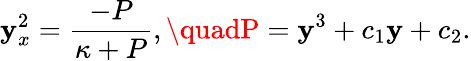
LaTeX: \mathbf{y}_{x}^{2}=\frac{{-P}}{{\kappa+P}},\quadP=\mathbf{y}^{3}+c_{1}\mathbf{y}+c_{2}.